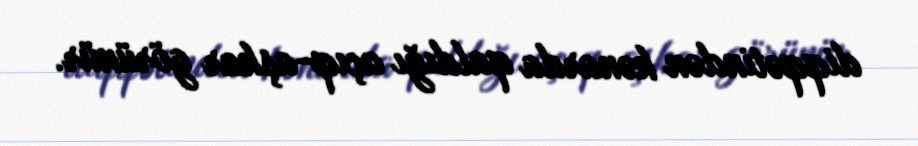
diqqətindən kənarda qaldığı açıq-aşkar görünür.